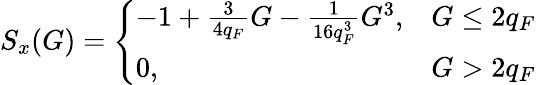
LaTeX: S_{x}(G)=\left\{ \begin{array}{ll}{-1+\frac{3}{4q_{F}}G-\frac{1}{16q_{F}^{3}}G^{3},}&{G\leq 2q_{F}}\\ {0,}&{G>2q_{F}}\end{array}\right.